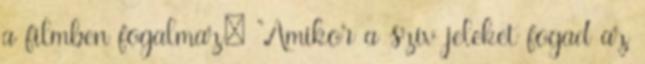
a filmben fogalmaz: "Amikor a szív jeleket fogad az